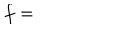
LaTeX: f =